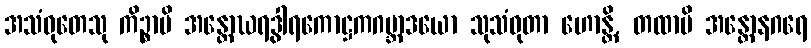
အသံဝုတေသု ကိဉ္စာပိ အန္တောဃရဒွါရကောဋ္ဌကဂဗ္ဘာဒယော သုသံဝုတာ ဟောန္တိ, တထာပိ အန္တောနဂရေ